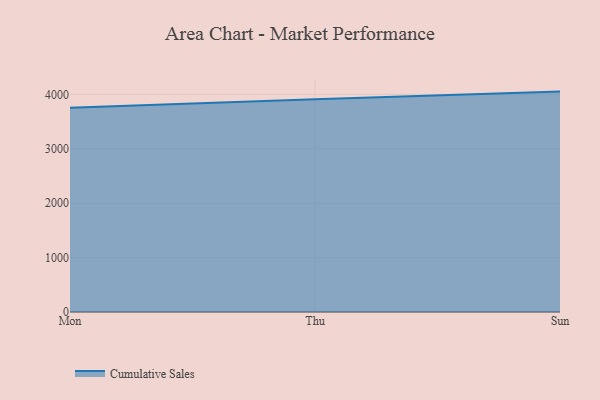
{"axis": {"x": "Day", "y": "Gross Profit (USD K)"}, "legend": ["Cumulative Sales"], "data": [{"x": "Mon", "y": 3755.3, "type": "Cumulative Sales"}, {"x": "Thu", "y": 3909.7, "type": "Cumulative Sales"}, {"x": "Sun", "y": 4049.9, "type": "Cumulative Sales"}]}